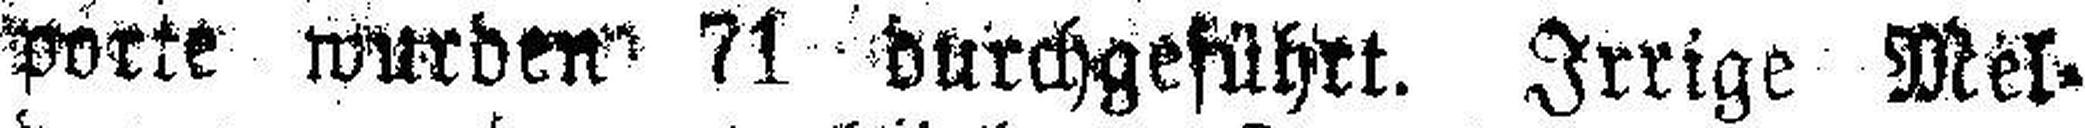
porte wurden 71 durchgeführt. Irrige Mel¬